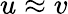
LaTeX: u\approx v